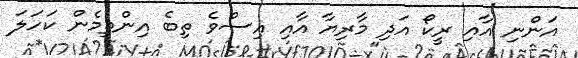
އަންނި އާއި ރީކޯ އަދި މާރިޔާ އާއި އިސްވެ ތިބެ އިންތިމެން ކަހަލަ